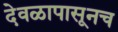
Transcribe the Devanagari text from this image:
देवळापासूनच